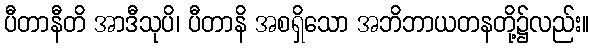
ပီတာနီတိ အာဒီသုပိ၊ ပီတာနိ အစရှိသော အဘိဘာယတနတို့၌လည်း။